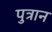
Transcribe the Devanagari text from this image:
पुत्रान